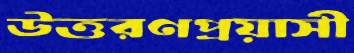
উত্তরণপ্রয়াসী